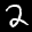
Label: 2